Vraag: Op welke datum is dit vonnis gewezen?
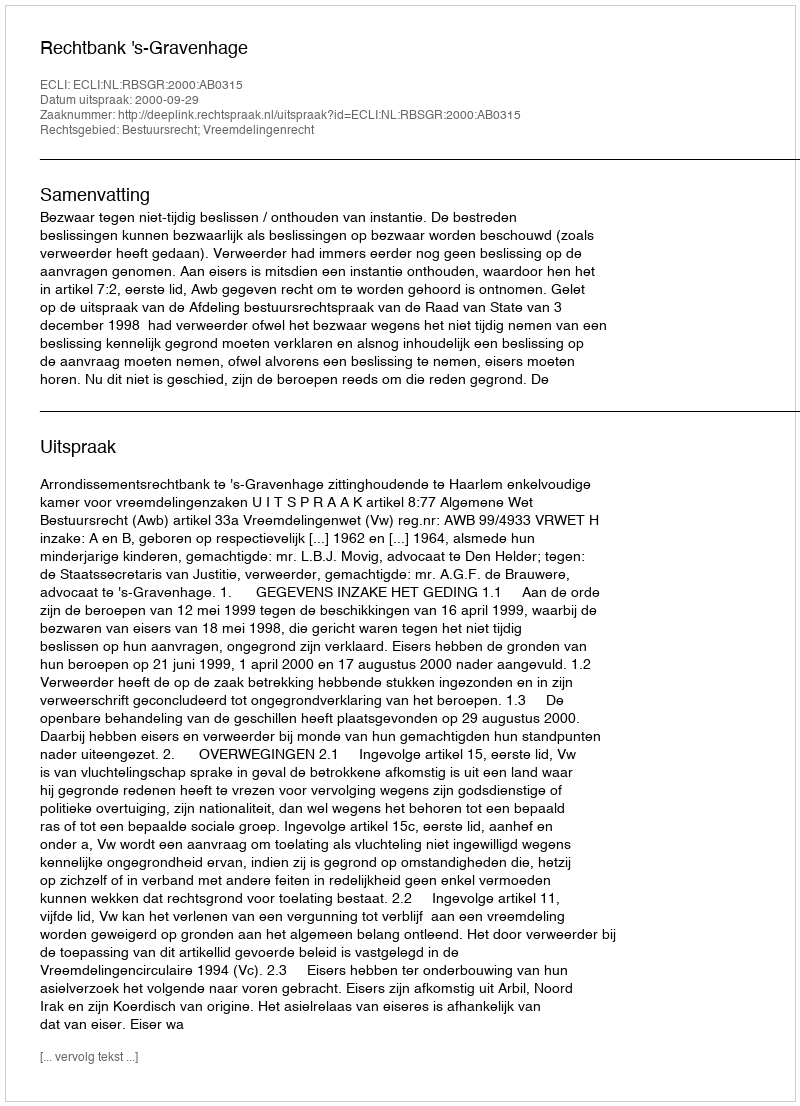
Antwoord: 2000-09-29